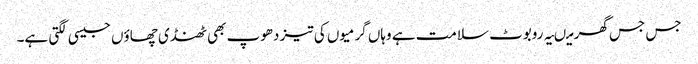
جس جس گھر میںیہ روبوٹ سلامت ہے وہاں گرمیوں کی تیز دھوپ بھی ٹھنڈی چھاؤں جیسی لگتی ہے۔